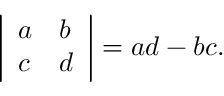
{ \left| \begin{array} { l l } { a } & { b } \\ { c } & { d } \end{array} \right| } = a d - b c .